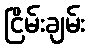
ငြိမ်းချမ်း